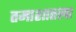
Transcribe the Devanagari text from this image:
तमाशातला